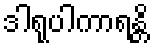
ဒါရုပါကာရန္တိ